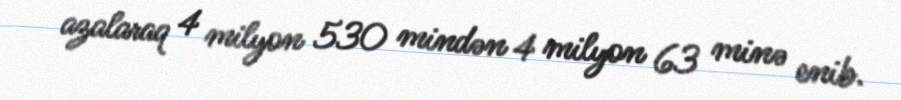
azalaraq 4 milyon 530 mindən 4 milyon 63 minə enib.